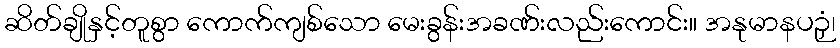
ဆိတ်ချိုနှင့်တူစွာ ကောက်ကျစ်သော မေးခွန်းအခဏ်းလည်းကောင်း။ အနုမာနပဉှံ၊